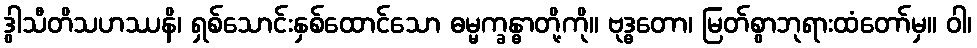
ဒွါသီတိသဟဿနိ၊ ရှစ်သောင်းနှစ်ထောင်သော ဓမ္မက္ခန္ဓာတို့ကို။ ဗုဒ္ဓတော၊ မြတ်စွာဘုရားထံတော်မှ။ ဝါ၊